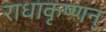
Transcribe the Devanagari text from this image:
राधाकृष्णन्‌